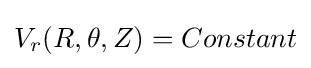
V_{r}(R,\theta ,Z)=Constant